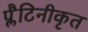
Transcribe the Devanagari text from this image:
प्लैटिनीकृत